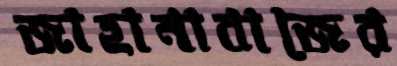
জাহানাবাজের